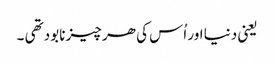
یعنی دنیا اور اُس کی ھر چیز نابود تھی ۔